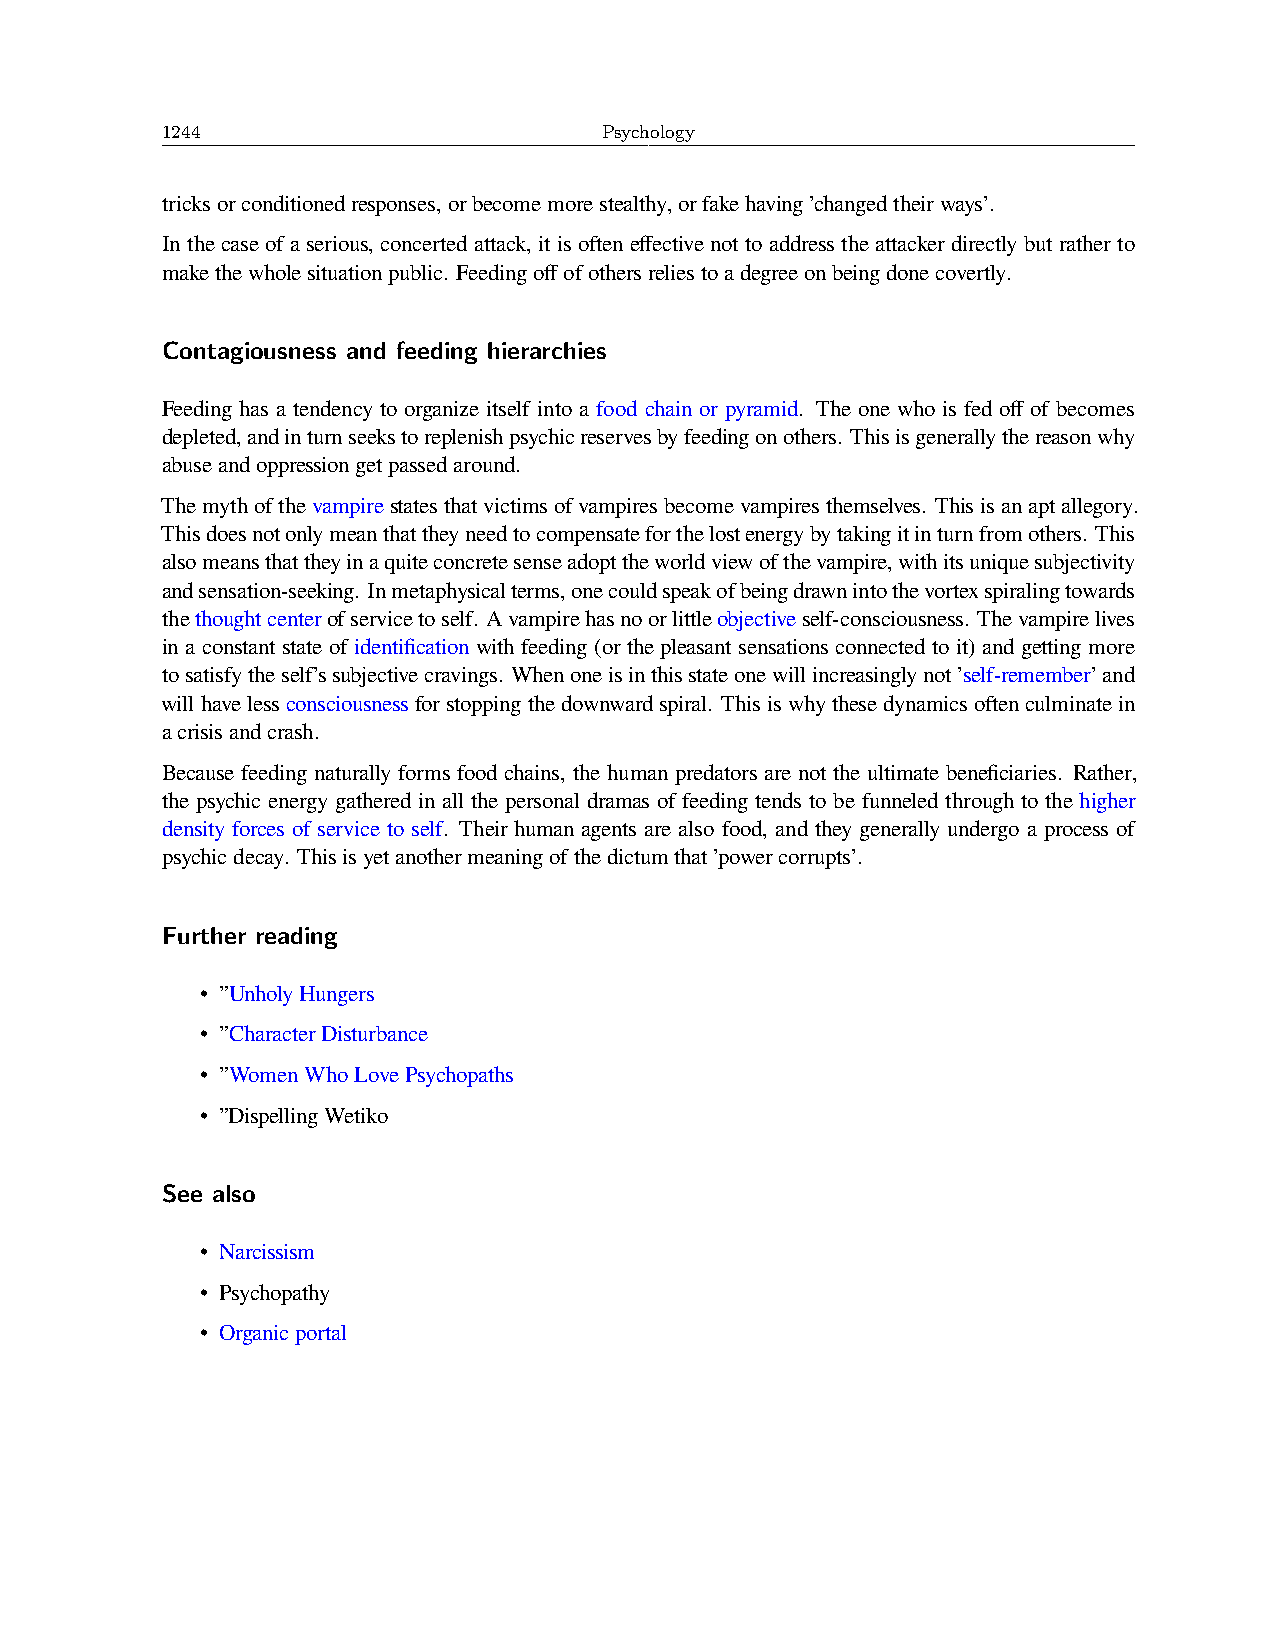
1244                         Psychology
 tricksorconditionedresponses,orbecomemorestealthy,orfakehaving’changedtheirways’.
 In the case of a serious, concerted attack, it is often effective not to address the attacker directly but rather to
 makethewholesituationpublic. Feedingoffofothersreliestoadegreeonbeingdonecovertly.
 Contagiousness and feeding hierarchies
 Feeding has a tendency to organize itself into a food chain or pyramid. The one who is fed off of becomes
 depleted,andinturnseekstoreplenishpsychicreservesbyfeedingonothers. Thisisgenerallythereasonwhy
 abuseandoppressiongetpassedaround.
 Themythofthevampirestatesthatvictimsofvampiresbecomevampiresthemselves. Thisisanaptallegory.
 Thisdoesnotonlymeanthattheyneedtocompensateforthelostenergybytakingitinturnfromothers. This
 alsomeansthattheyinaquiteconcretesenseadopttheworldviewofthevampire,withitsuniquesubjectivity
 andsensation-seeking. Inmetaphysicalterms,onecouldspeakofbeingdrawnintothevortexspiralingtowards
 thethoughtcenterofservicetoself. Avampirehasnoorlittleobjectiveself-consciousness. Thevampirelives
 in a constant state of identification with feeding (or the pleasant sensations connected to it) and getting more
 tosatisfytheself’ssubjectivecravings. Whenoneisinthisstateonewillincreasinglynot’self-remember’and
 willhavelessconsciousnessforstoppingthedownwardspiral. Thisiswhythesedynamicsoftenculminatein
 acrisisandcrash.
 Because feeding naturally forms food chains, the human predators are not the ultimate beneficiaries. Rather,
 the psychic energy gathered in all the personal dramas of feeding tends to be funneled through to the higher
 density forces of service to self. Their human agents are also food, and they generally undergo a process of
 psychicdecay. Thisisyetanothermeaningofthedictumthat’powercorrupts’.
 Further reading
 • ”UnholyHungers
 • ”CharacterDisturbance
 • ”WomenWhoLovePsychopaths
 • ”DispellingWetiko
 See also
 • Narcissism
 • Psychopathy
 • Organicportal